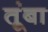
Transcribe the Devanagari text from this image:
तूंबा